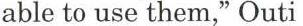
able to use them," Outi